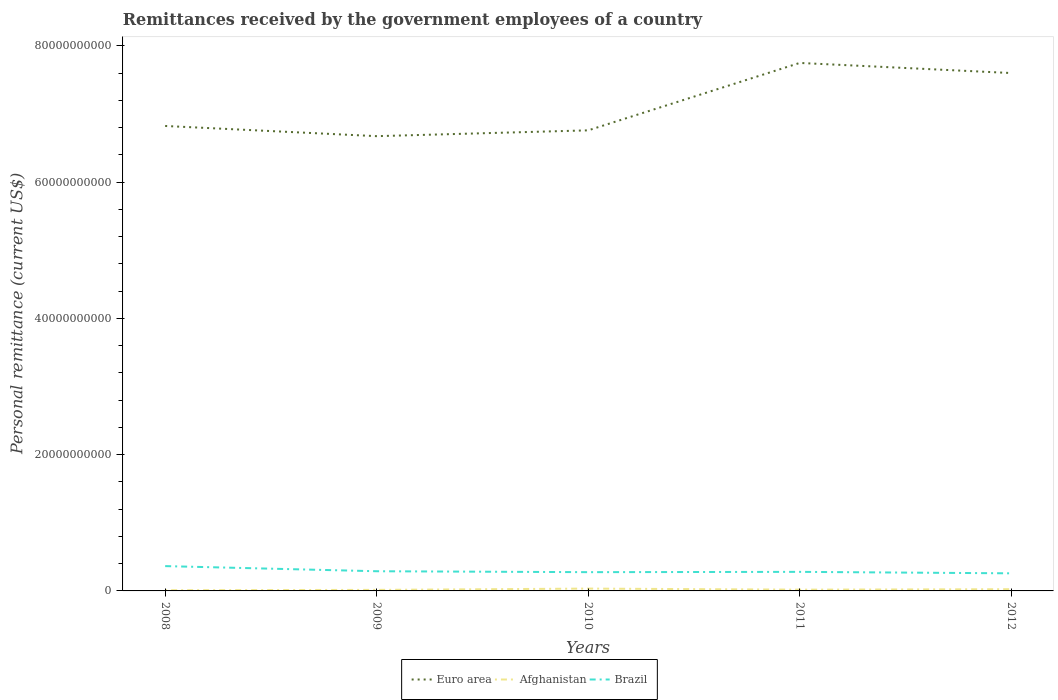
| Years | Euro area | Afghanistan | Brazil |
 | --- | --- | --- | --- |
 | 2008 | 6.83e+10 | 1.06e+08 | 3.64e+09 |
 | 2009 | 6.68e+10 | 1.52e+08 | 2.89e+09 |
 | 2010 | 6.76e+10 | 3.42e+08 | 2.75e+09 |
 | 2011 | 7.75e+10 | 1.85e+08 | 2.8e+09 |
 | 2012 | 7.6e+10 | 2.52e+08 | 2.58e+09 |